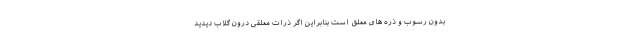
بدون رسوب و ذره های معلق است بنابراین اگر ذرات معلقی درون گلاب دیدید